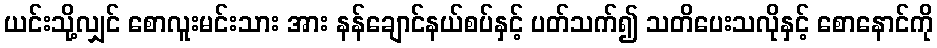
ယင်းသို့လျှင် စောလူးမင်းသား အား နန်ချောင်နယ်စပ်နှင့် ပတ်သက်၍ သတိပေးသလိုနှင့် စောနောင်ကို